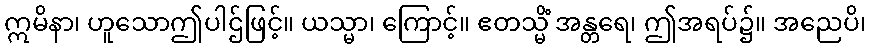
ဣမိနာ၊ ဟူသောဤပါဌ်ဖြင့်။ ယသ္မာ၊ ကြောင့်။ ဧတသ္မိံ အန္တရေ၊ ဤအရပ်၌။ အညေပိ၊